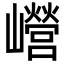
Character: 巆